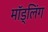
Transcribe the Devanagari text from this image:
मॉड्लिंग